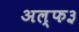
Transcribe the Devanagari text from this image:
अल्फ३